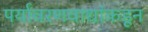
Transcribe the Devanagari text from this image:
पर्यावरणवाद्यांकडून